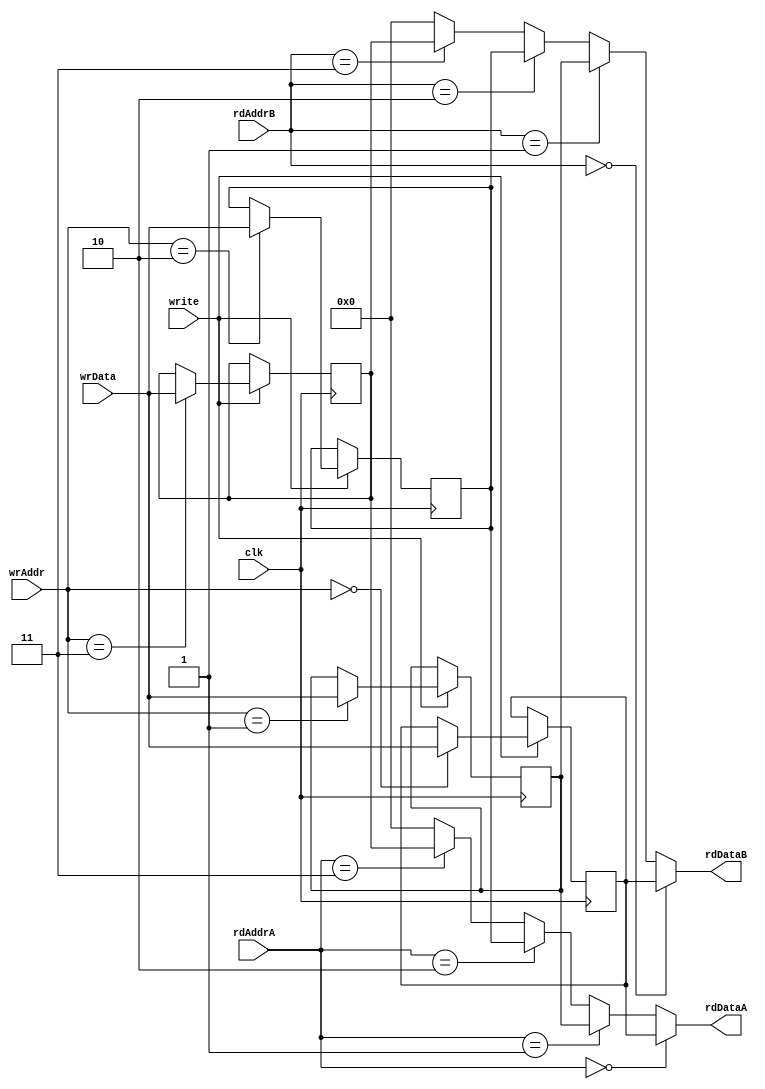
module regfile4x16
(input clk,
 input write,
 input [2:0] wrAddr,
 input [15:0] wrData,
 input [2:0] rdAddrA,
 output [15:0] rdDataA,
 input [2:0] rdAddrB,
 output [15:0] rdDataB);
 
reg[15:0] reg0, reg1, reg2, reg3;
 
assign rdDataA = rdAddrA == 0 ? reg0 :
					  rdAddrA == 1 ? reg1 :
					  rdAddrA == 2 ? reg2 :
					  rdAddrA == 3 ? reg3 : 0;
assign rdDataB = rdAddrB == 0 ? reg0 :
					  rdAddrB == 1 ? reg1 :
					  rdAddrB == 2 ? reg2 :
					  rdAddrB == 3 ? reg3 : 0;
					  
always @(posedge clk) begin
	if (write)
		case(wrAddr)
			0: begin
				reg0 <= wrData;
			end
			1: begin
				reg1 <= wrData;
			end
			2: begin
				reg2 <= wrData;
			end
			3: begin
				reg3 <= wrData;
			end
		endcase
	end
endmodule